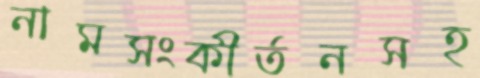
নামসংকীর্তনসহ